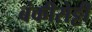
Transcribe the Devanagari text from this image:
बंकीसेट्टी